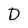
Character: D